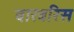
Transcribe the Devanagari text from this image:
बारबरिस